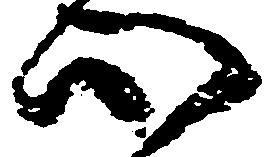
心